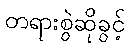
တရားစွဲဆိုခွင့်